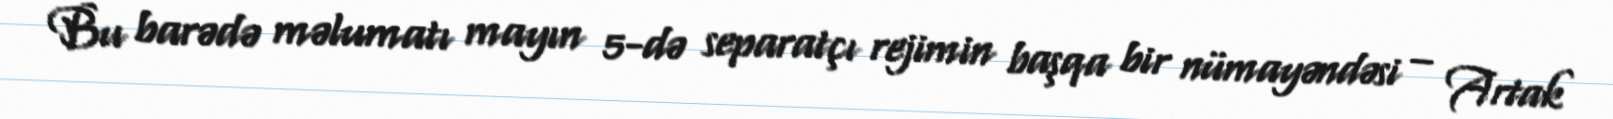
Bu barədə məlumatı mayın 5-də separatçı rejimin başqa bir nümayəndəsi – Artak